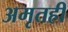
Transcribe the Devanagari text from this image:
अमृतही